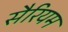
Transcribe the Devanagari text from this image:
सैरियम